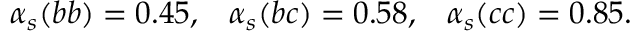
\alpha _ { s } ( b b ) = 0 . 4 5 , \; \; \; \alpha _ { s } ( b c ) = 0 . 5 8 , \; \; \; \alpha _ { s } ( c c ) = 0 . 8 5 . \; \; \;